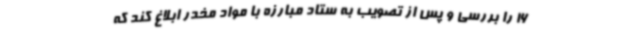
16 را بررسی و پس از تصویب به ستاد مبارزه با مواد مخدر ابلاغ کند که